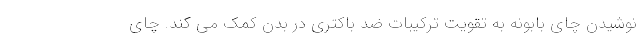
نوشیدن چای بابونه به تقویت ترکیبات ضد باکتری در بدن کمک می کند. چای